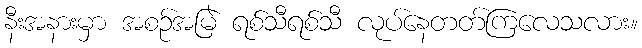
နီးအနားမှာ အစဉ်အမြဲ ရစ်သီရစ်သီ လုပ်နေတတ်ကြလေသလား။